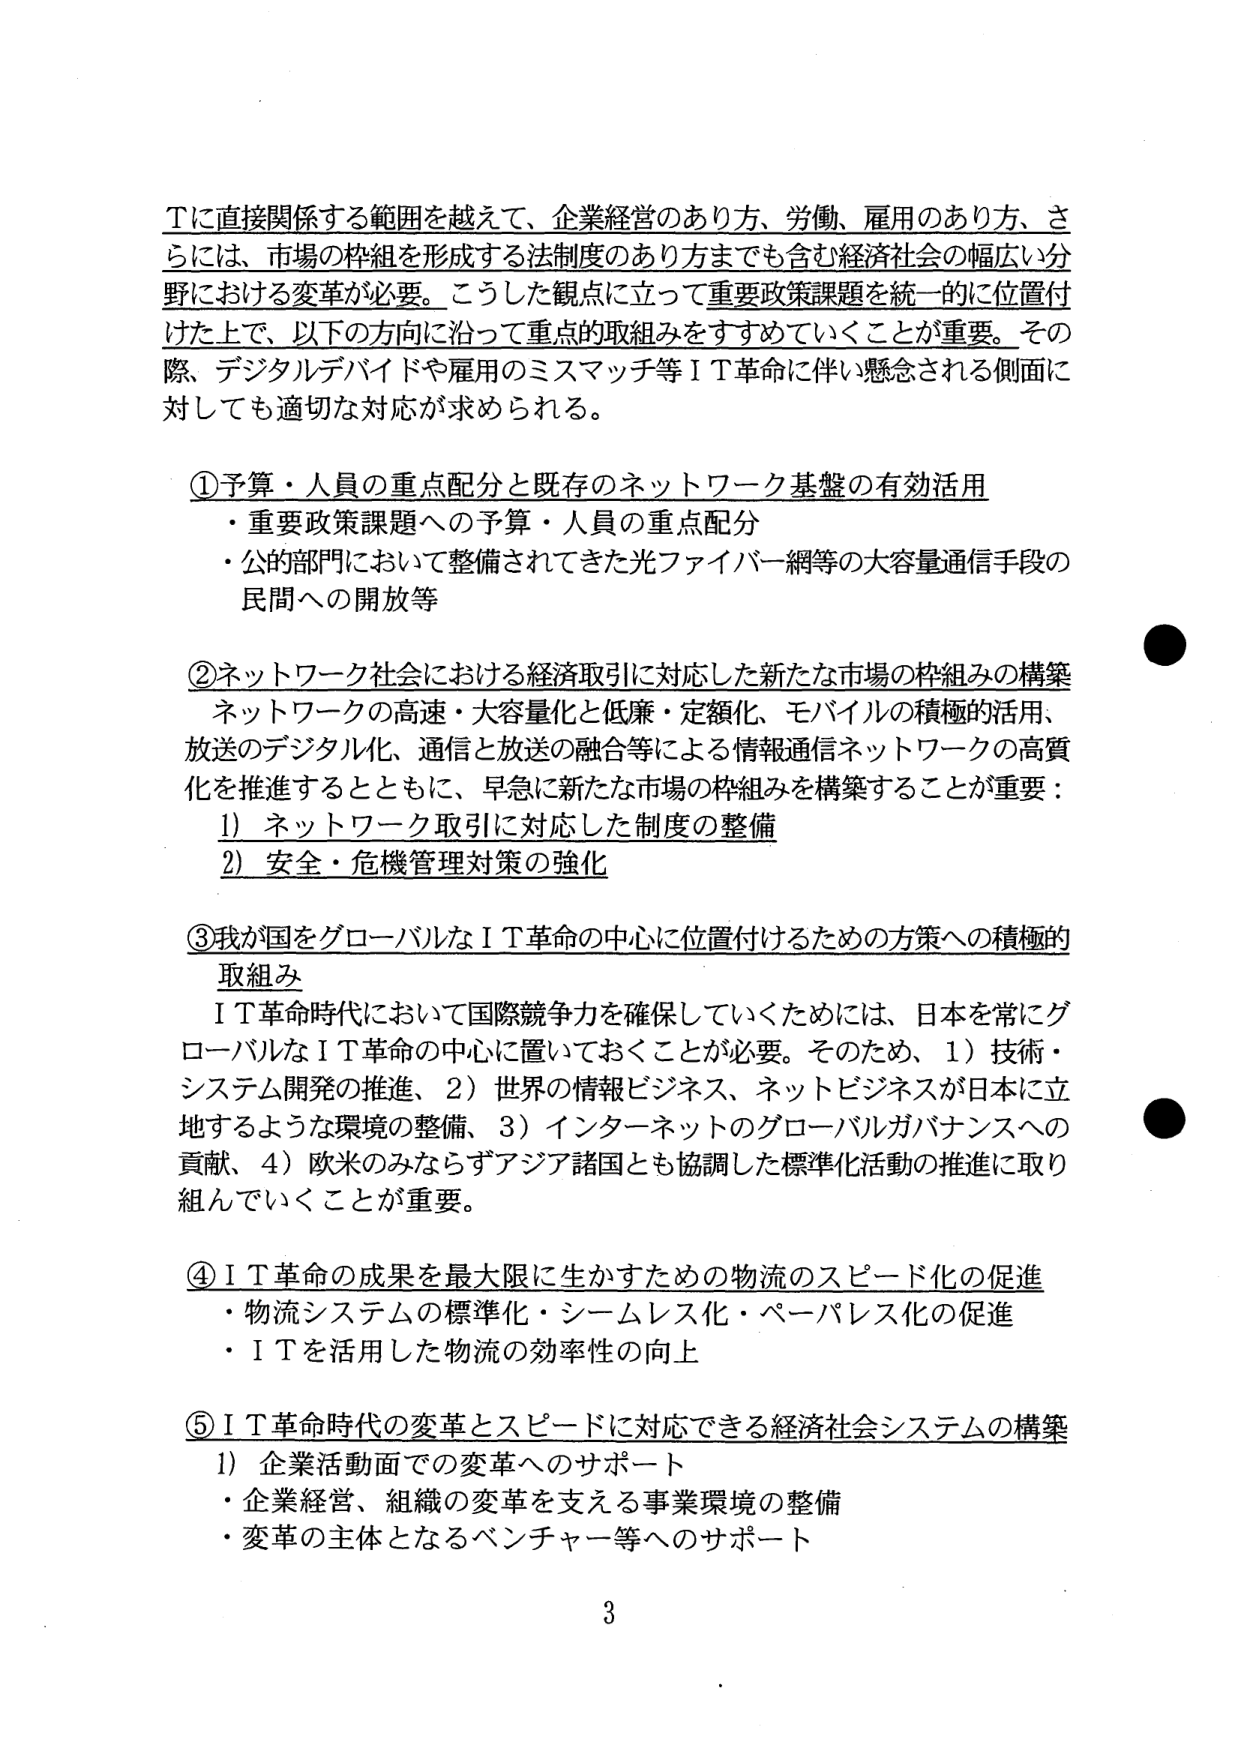
Tに直接関係する範囲を越えて、企業経営のあり方、労働、雇用のあり方、さらには、市場の枠組を形成する法制度のあり方までも含む経済社会の幅広い分野における変革が必要。こうした観点に立って重要政策課題を統一的に位置付けた上で、以下の方針に沿って重点的取組みをすすめていくことが重要。その際、デジタルデバイドや雇用のミスマッチ等ＩＴ革命に伴い懸念される側面に対しても適切な対応が求められる。

①予算・人員の重点配分と既存のネットワーク基盤の有効活用
・重要政策課題への予算・人員の重点配分
・公的部門において整備されてきた光ファイバー網等の大容量通信手段の民間への開放等

②ネットワーク社会における経済取引に対応した新たな市場の枠組みの構築
ネットワークの高速・大容量化と低廉・定額化、モバイルの積極的活用、放送のデジタル化、通信と放送の融合等による情報通信ネットワークの高質化を推進するとともに、早急に新たな市場の枠組みを構築することが重要：
1）ネットワーク取引に対応した制度の整備
2）安全・危機管理対策の強化

③我が国をグローバルなＩＴ革命の中心に位置付けるための方策への積極的取組み
ＩＴ革命時代において国際競争力を確保していくためには、日本を常にグローバルなＩＴ革命の中心に置いておくことが必要。そのため、1）技術・システム開発の推進、2）世界の情報ビジネス、ネットビジネスが日本に立地するような環境の整備、3）インターネットのグローバルガバナンスへの貢献、4）欧米のみならずアジア諸国とも協調した標準化活動の推進に取り組んでいくことが重要。

④ＩＴ革命の成果を最大限に生かすための物流のスピード化の促進
・物流システムの標準化・シームレス化・ペーパレス化の促進
・ＩＴを活用した物流の効率性の向上

⑤ＩＴ革命時代の変革とスピードに対応できる経済社会システムの構築
1）企業活動面での変革へのサポート
・企業経営、組織の変革を支える事業環境の整備
・変革の主体となるベンチャー等へのサポート

3